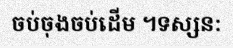
ចប់ចុងចប់ដើម ។ទស្សន: